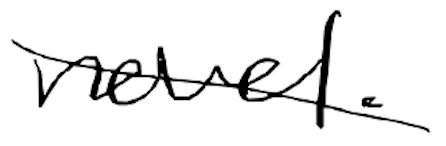
Text: novel.
Cross-out: diagonal
Writing tool: digital_black